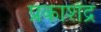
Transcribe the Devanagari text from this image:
प्रकाशेंद्र